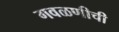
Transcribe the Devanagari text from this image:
गवळणीची